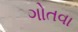
ગોતવા